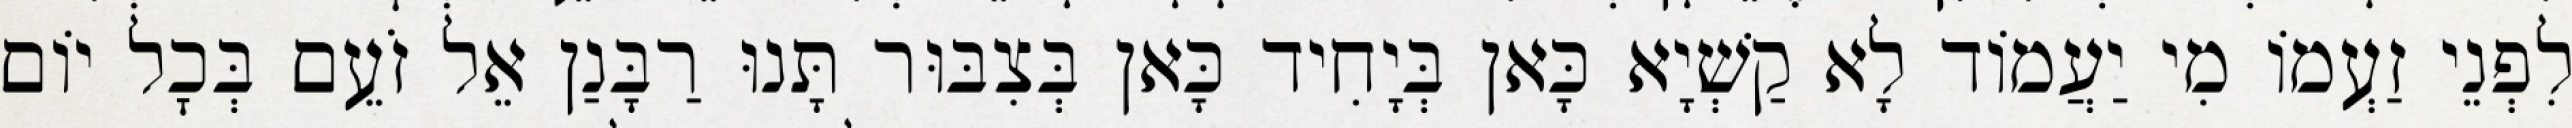
לִפְנֵי זַעְמוֹ מִי יַעֲמוֹד לָא קַשְׁיָא כָּאן בְּיָחִיד כָּאן בְּצִבּוּר תָּנוּ רַבָּנַן אֵל זֹעֵם בְּכׇל יוֹם